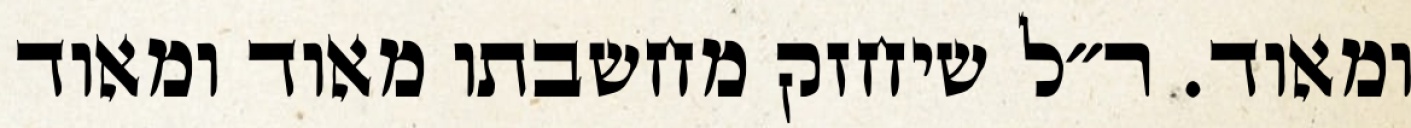
ומאוד. ר״ל שיחזק מחשבתו מאוד ומאוד